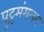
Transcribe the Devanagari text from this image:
पुट्टमंगलम